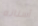
أسنانه